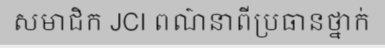
សមាជិក JCI ពណ៌នាពីប្រធានថ្នាក់